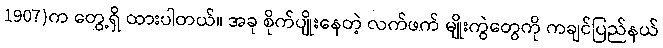
1907)က တွေ့ရှိ ထားပါတယ်။ အခု စိုက်ပျိုးနေတဲ့ လက်ဖက် မျိုးကွဲတွေကို ကချင်ပြည်နယ်